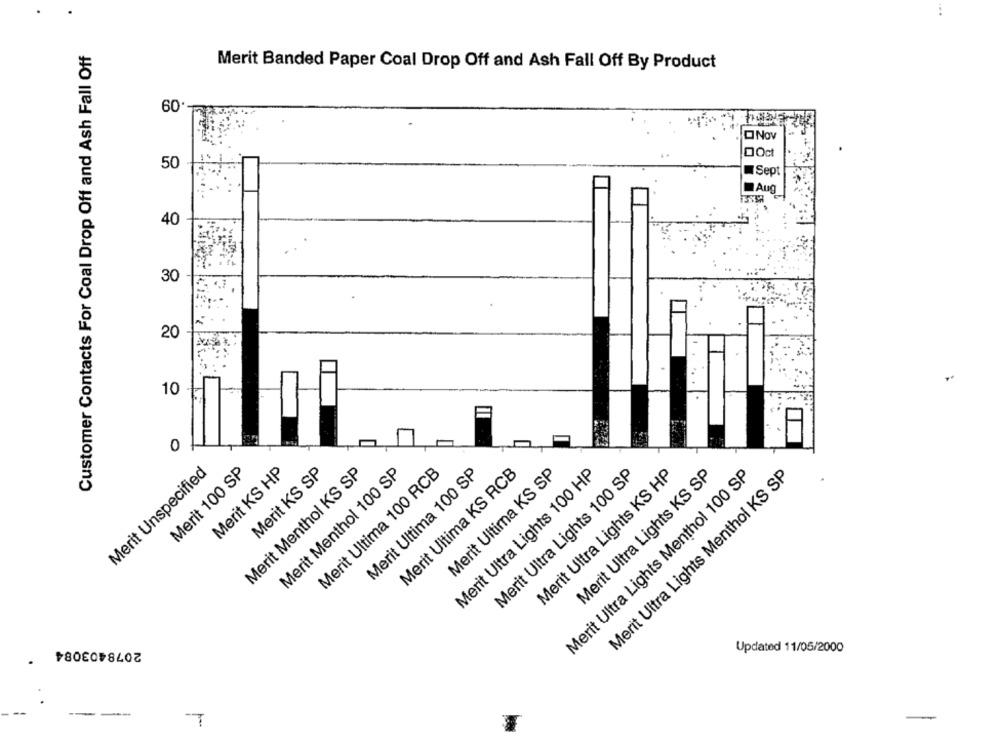
Customer Contacts For Coal Drop Off and Ash Fall Off
Merit Banded Paper Coal Drop Off and Ash Fall Off By Product
60
ONOV
DOct
50
Sept
Aug
40
30
20
10
0
Merit Unspecified
Merit 100 SP
Merit KS HP
Merit Menthol KS SP
Merit KS SP
Merit Menthol 100 SP
Merit Ultima 100 RCB
Merit Ultima 100 SP
Merit Ultima KS RCB
Merit Ultima KS SP
Merit Ultra Lights 100 HP
Merit Ultra Lights 100 SP
Merit Ultra Lights KS HP
Merit Ultra Lights Menthol 100 SP
Merit Ultra Lights KS SP
Merit Ultra Lights Menthol KS SP
2078403084
Updated 11/05/2000
--